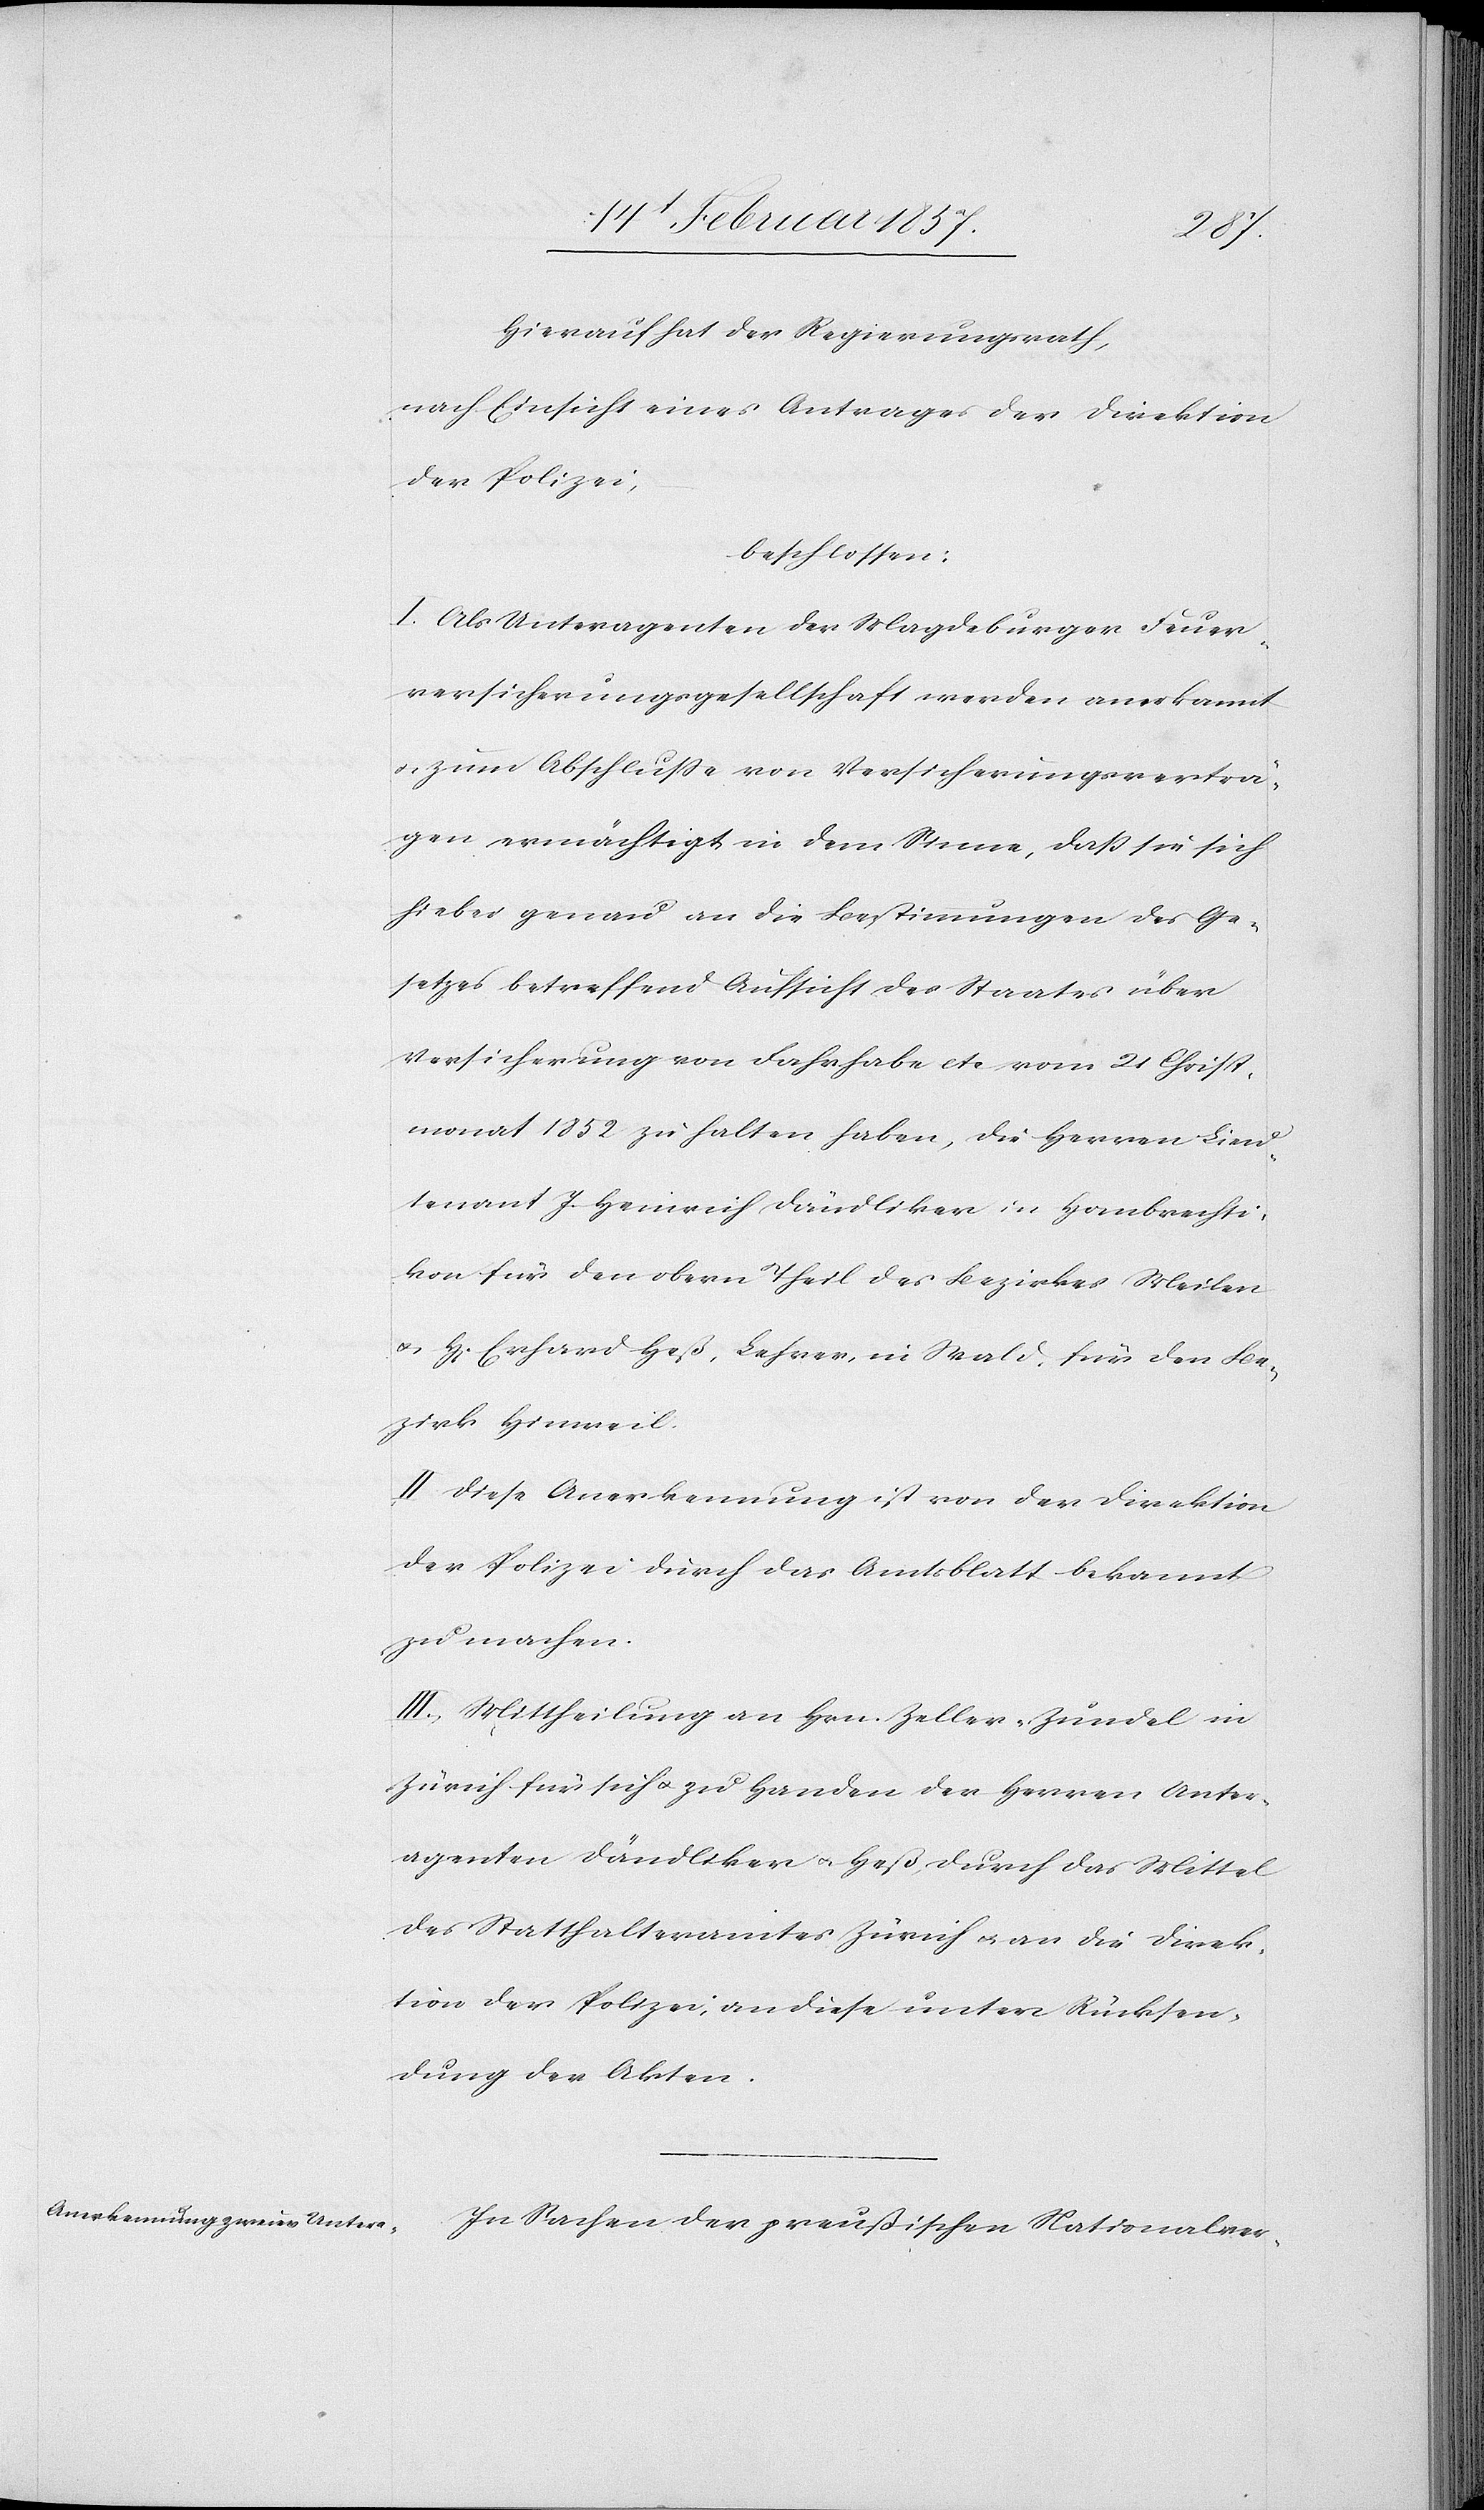
Hierauf hat der Regierungsrath,
nach Einsicht eines Antrages der Direktion
der Polizei,
beschlossen:
I. Als Unteragenten der Magdeburger Feuer¬
versicherungsgesellschaft werden anerkannt
u. zum Abschlusse von Versicherungsverträ¬
gen ermächtigt in dem Sinne, daß sie sich
hiebei genau an die Bestimmungen des Ge¬
setzes betreffend Aufsicht des Staates über
Versicherung von Fahrhabe etc. vom 21 Christ¬
monat 1852 zu halten haben, die Herren Lieu¬
tenant J. Heinrich Dändliker in Hombrechti¬
kon für den obern Theil des Bezirkes Meilen
u. H[errn] Erhard Heß, Lehrer, in Wald, für den Be¬
zirk Hinweil.
II. Diese Anerkennung ist von der Direktion
der Polizei durch das Amtsblatt bekannt
zu machen.
III. Mittheilung an Hrn. Zeller-Zündel in
Zürich für sich u. zu Handen der Herren Unter¬
agenten Dändliker u. Heß, durch das Mittel
des Statthalteramtes Zürich u. an die Direk¬
tion der Polizei, an diese unter Rücksen¬
dung der Akten.
In Sachen der preußischen Nationalver-